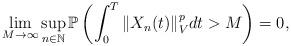
LaTeX: \begin{align*}\lim_{M\rightarrow\infty}\sup_{n\in\mathbb{N}}\mathbb{P}\left( \int_0^T \Vert X_n(t) \Vert_V^p dt > M \right) = 0 ,\end{align*}